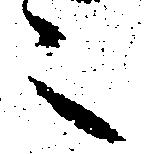
之